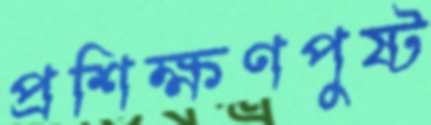
প্রশিক্ষণপুষ্ট